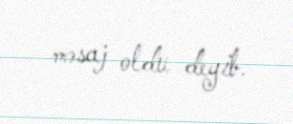
məsaj oldu deyib.